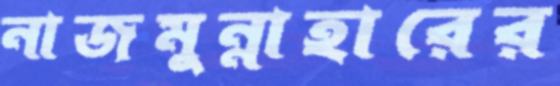
নাজমুন্নাহারের